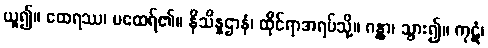
ယူ၍။ ထေရဿ၊ မထေရ်၏။ နိသိန္နဌာနံ၊ ထိုင်ရာအရပ်သို့။ ဂန္တွာ၊ သွား၍။ ကုဋံ၊